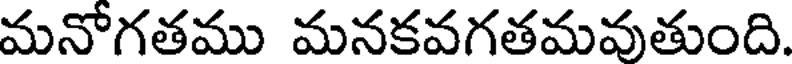
మనోగతము మనకవగతమవుతుంది.